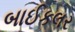
બાઈકલર